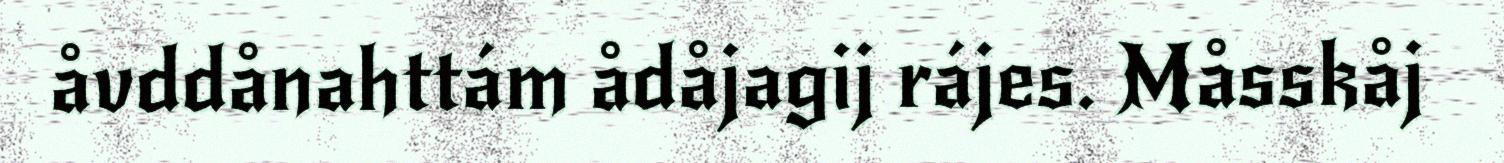
åvddånahttám ådåjagij rájes. Måsskåj